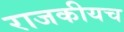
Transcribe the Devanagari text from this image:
राजकीयच